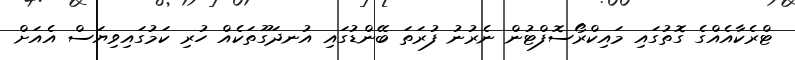
ޓްރެކާއެއްގެ ގޮތުގައި މައިކްރޯސޮފްޓުން ނެރުނު ފުރަތަ ބޭންޑުގައި އުނދަގޫތަކެއް ހުރި ކަމުގައިވިޔަސް އެއަށް